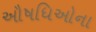
ઔષધિઓના